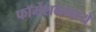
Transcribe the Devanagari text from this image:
फॉर्मेशनमध्ये